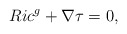
\begin{align*} Ric^g+\nabla \tau =0, \end{align*}